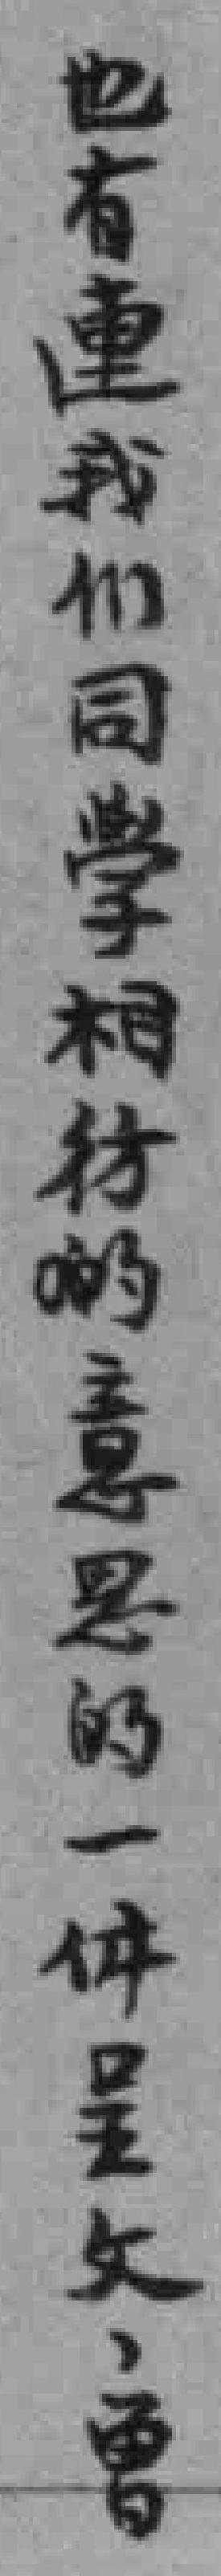
也有連我們同學相彷的意思的一件呈文，曾